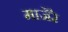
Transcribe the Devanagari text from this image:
माजेरे